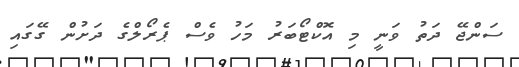
ސަންޖޭ ދަތު ވަނީ މި އޮކްޓޯބަރު މަހު ވެސް ޕެރޯލްގެ ދަށުން ގޭގައި